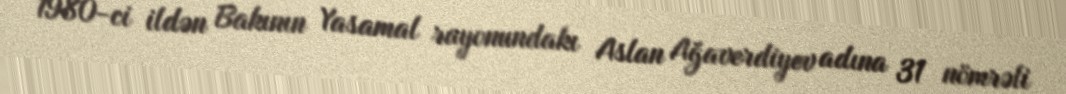
1980-ci ildən Bakının Yasamal rayonundakı Aslan Ağaverdiyev adına 31 nömrəli